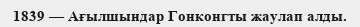
1839 — Ағылшындар Гонконгты жаулап алды.